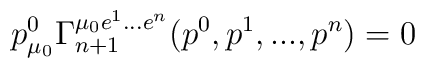
p^0_{\mu_0}\Gamma_{n+1}^{\mu_0e^1...e^n}(p^0,p^1,...,p^n)=0